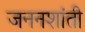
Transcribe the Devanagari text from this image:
जननशांती